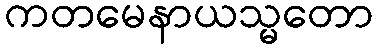
ကတမေနာယသ္မတော